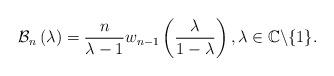
LaTeX: \begin{align*}\mathcal{B}_{n}\left( \lambda\right) =\frac{n}{\lambda-1}w_{n-1}\left(\frac{\lambda}{1-\lambda}\right) ,\lambda\in\mathbb{C}\backslash\{1\}.\end{align*}